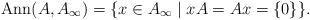
LaTeX: \begin{align*}\operatorname{Ann}(A,A_\infty) = \{x \in A_{\infty} \mid xA = Ax = \{0\} \}.\end{align*}